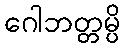
ဂေါဘတ္တမ္ပိ